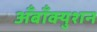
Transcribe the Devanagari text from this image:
अँबाँक्युशन